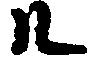
ル